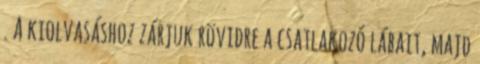
. A kiolvasáshoz zárjuk rövidre a csatlakozó lábait, majd